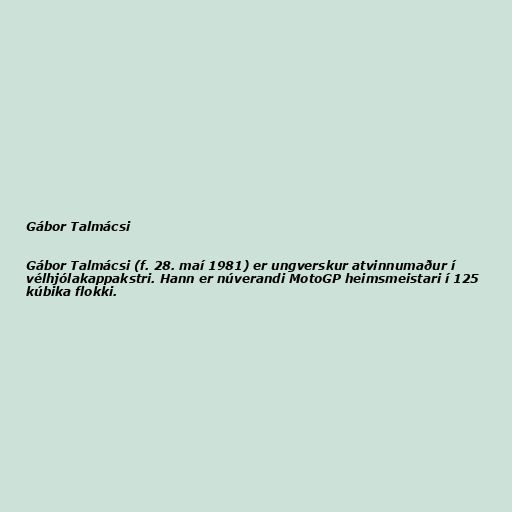
Gábor Talmácsi

Gábor Talmácsi (f. 28. maí 1981) er ungverskur atvinnumaður í
vélhjólakappakstri. Hann er núverandi MotoGP heimsmeistari í 125
kúbika flokki.